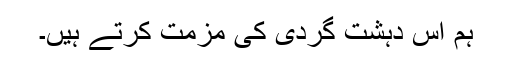
ہم اس دہشت گردی کی مزمت کرتے ہیں۔